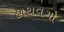
હાથવગો